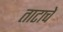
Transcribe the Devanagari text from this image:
ताटाचे